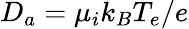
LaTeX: D_{a}=\mu_{i}k_{B}T_{e}/e